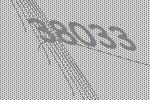
38033